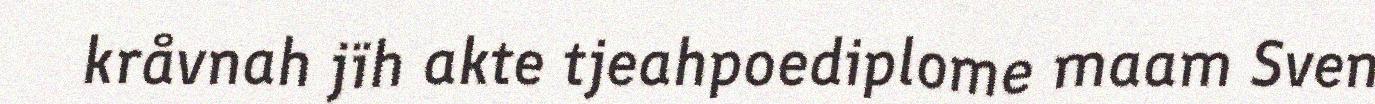
kråvnah jïh akte tjeahpoediplome maam Sven